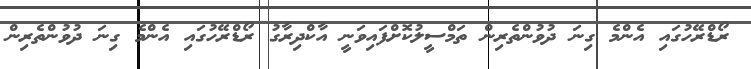
ރޯޑްރޭހުގައި އެންމެ ގިނަ ދުވުންތެރިން ތަމްސީލުކޮށްފައިވަނީ އާކްދިރާގު ރޯޑްރޭހުގައި އެންމެ ގިނަ ދުވުންތެރިން